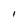
Character: I